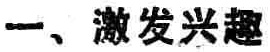
一、激发兴趣